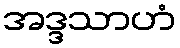
အဒ္ဒသာဟံ